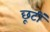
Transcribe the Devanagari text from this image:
छूटीं